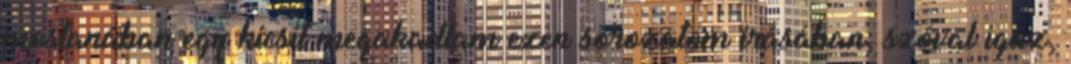
mostanában egy kicsit megakadtam ezen sorozatom írásában, szóval igaz,